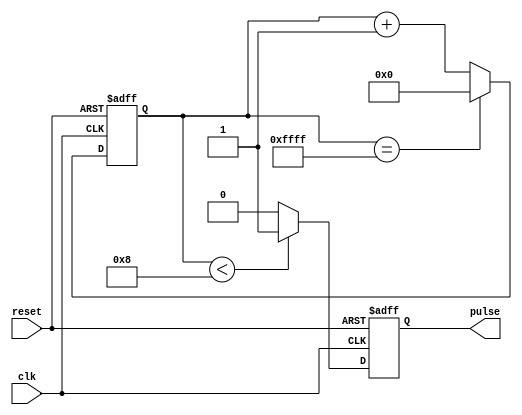
module DutyCyclePulseGenerator(
    input wire clk,
    input wire reset,
    output reg pulse
);

reg [15:0] counter;
reg [3:0] duty_cycle = 4'b1000; // 50% duty cycle

always @ (posedge clk or posedge reset) begin
    if (reset) begin
        counter <= 16'h0000;
        pulse <= 1'b0;
    end else begin
        if (counter < duty_cycle) begin
            pulse <= 1'b1;
        end else begin
            pulse <= 1'b0;
        end
        
        if (counter == 16'hFFFF) begin
            counter <= 16'h0000;
        end else begin
            counter <= counter + 1;
        end
    end
end

endmodule